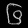
Digit: ၆